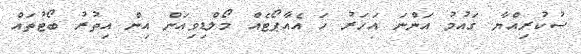
ސުކުރިއްޔާ ގައުމު އަންނަ އަހަރު ހަ އެއާޕޯޓެއް މޯލްޑިވިއަން އިން އިތުރު ބޯޓުތައް